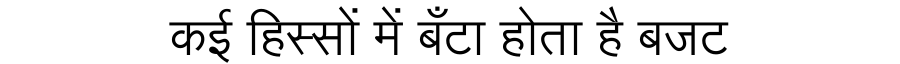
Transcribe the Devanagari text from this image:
कई हिस्सों में बँटा होता है बजट